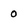
Character: 0